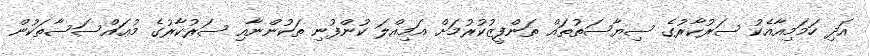
އަދި ހަމަމިއާއެކު ސަރުކާރުގެ ސިޔާސަތުތައް ތަންފީޒުކުރުމަށް އަމިއްލަ ކުންފުނި ތަކުންނާއި ސަރުކާރުގެ މުޢައްސަސާތަކުން